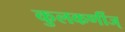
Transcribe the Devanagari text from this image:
कुलकर्णीज्